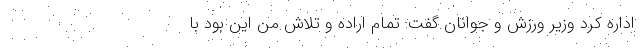
اداره کرد وزیر ورزش و جوانان گفت: تمام اراده و تلاش من این بود با